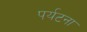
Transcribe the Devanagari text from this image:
पर्यटना